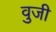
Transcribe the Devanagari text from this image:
वुजी